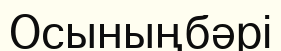
Осыныңбәрі